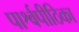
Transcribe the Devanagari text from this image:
पार्श्वपीठिका